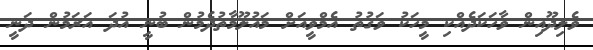
ވެލިދޫއިން ވާހަކަދެއްކި މީހަކު ވަގުތު އެމްވީއަށް މައުލޫމާތުދެމުން ބުނީ އުދަ އަރަމުން ދަނީ